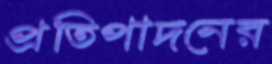
প্রতিপাদনের